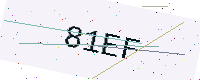
Text: 81EF